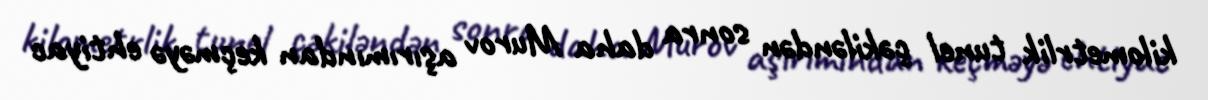
kilometrlik tunel çəkiləndən sonra daha Murov aşırımından keçməyə ehtiyac